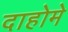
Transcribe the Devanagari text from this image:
दाहोमे